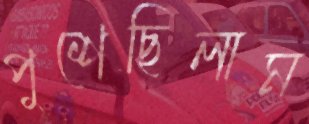
পুশেছিলাম